Report of the Indian Hemp Drugs Commission, 1894-1895 - Volume V
Year: 1894
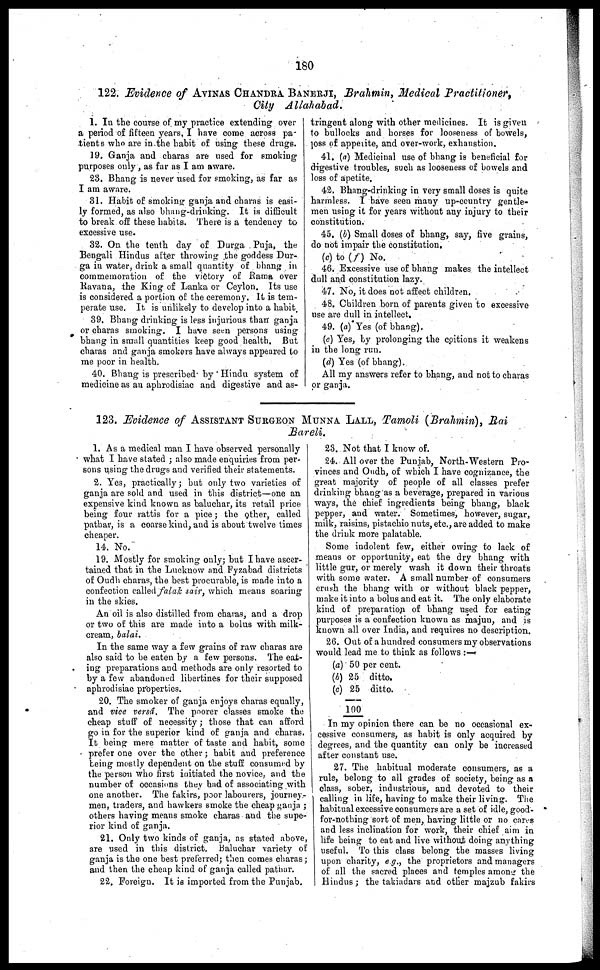
180
122. Evidence of AVINAS CHANDRA BANERJI, Brahmin, Medical Practitioner,
City Allahabad.
1. In the course of my practice extending over
a period of fifteen years, I have come across pa-
tients who are in the habit of using these drugs.
19. Ganja and charas are used for smoking
purposes only, as far as I am aware.
23. Bhang is never used for smoking, as far as
I am aware.
31. Habit of smoking ganja and charas is easi-
ly formed, as also bhang-drinking. It is difficult
to break off these habits. There is a tendency to
excessive use.
32. On the tenth day of Durga Puja, the
Bengali Hindus after throwing the goddess Dur-
ga in water, drink a small quantity of bhang in
commemoration of the victory of Rama over
Ravana, the King of Lanka or Ceylon. Its use
is considered a portion of the ceremony. It is tem-
perate use. It is unlikely to develop into a habit
39. Bhang drinking is less injurious than ganja
or charas smoking. I have seen persons using
bhang in small quantities keep good health, But
charas and ganja smokers have always appeared to
me poor in health.
40. Bhang is prescribed by Hindu system of
medicine as an aphrodisiac and digestive and as-
tringent along with other medicines. It is given
to bullocks and horses for looseness of bowels,
]0ss of apperite, and over-work, exhaustion.
41. (a) Medicinal use of bhang is beneficial for
digestive troubles, such as looseness of bowels and
loss of apetite.
42. Bhang-drinking in very small doses is quite
harmless. I have seen many up-country gentle-
men using it for years without any injury to their
constitution.
45. (b) Small doses of bhang, say, five grains,
do not impair the constitution,
(c) to (f) No.
46. Excessive use of bhang makes the intellect
dull and constitution lazy.
47. No, it does not affect children.
48. Children born of parents given to excessive
use are dull in intellect,
49. (a) Yes (of bhang).
(c) Yes, by prolonging the coitions it weakens
in the long run.
(d) Yes (of bhang).
All my answers refer to bhang, and not to charas
or ganja.
123. Evidence of ASSISTANT SURGEON MUNNA LALL, Tamoli (Brahmin), Rai
Bareli.
1. As a medical man I have observed personally
what I have stated; also made enquiries from per-
sons using the drugs and verified their statements.
2. Yes, practically; but only two varieties of
ganja are sold and used in this district—one an
expensive kind known as baluchar, its retail price
being four rattis for a pice; the other, called
pathar, is a coarse kind, and is about twelve times
cheaper.
14. No.
19. Mostly for smoking only; but I have ascer-
tained that in the Lucknow and Fyzabad districts
of Oudh charas, the best procurable, is made into a
confection called falak sair, which means soaring
in the skies.
An oil is also distilled from charas, and a drop
or two of this are made into a bolus with milk-
cream, balai.
In the same way a few grains of raw charas are
also said to be eaten by a few persons. The eat-
ing preparations and methods are only resorted to
by a few abandoned libertines for their supposed
aphrodisiac properties.
20. The smoker of ganja enjoys charas equally,
and vice versa. The poorer classes smoke the
cheap stuff of necessity; those that can afford
go in for the superior kind of ganja and charas.
It being mere matter of taste and habit, some
prefer one over the other; habit and preference
being mostly dependent on the stuff consumed by
the person who first initiated the novice, and the
number of occasions they had of associating with
one another. The fakirs, poor labourers, journey-
men, traders, and hawkers smoke the cheap ganja;
others having means smoke charas and the supe-
rior kind of ganja,
21. Only two kinds of ganja, as stated above,
are used in this district. Baluchar variety of
ganja is the one best preferred; then comes charas;
and then the cheap kind of ganja called pathar.
22 Foreign. It is imported from the Punjab.
23. Not that I know of.
24. All over the Punjab, North-Western Pro-
vinces and Oudh, of which I have cognizance, the
great majority of people of all classes prefer
drinking bhang as a beverage, prepared in various
ways, the chief ingredients being bhang, black
pepper, and water. Sometimes, however, sugar,
milk, raisins, pistachio nuts, etc., are added to make
the drink more palatable.
Some indolent few, either owing to lack of
means or opportunity, eat the dry bhang with
little gur, or merely wash it down their throats
with some water. A small number of consumers
crush the bhang with or without black pepper,
make it into a bolus and eat it. The only elaborate
kind of preparation of bhang used for eating
purposes is a confection known as majun, and is
known all over India, and requires no description.
26. Out of a hundred consumers my observations
would lead me to think as follows:—
(a)
(b)
(c)
50
25
25
100
per cent.
ditto.
ditto.
In my opinion there can be no occasional ex-
cessive consumers, as habit is only acquired by
degrees, and the quantity can only be increased
after constant use.
27. The habitual moderate consumers, as a
rule, belong to all grades of society, being as a
class, sober, industrious, and devoted to their
calling in life, having to make their living. The
habitual excessive consumers are a set of idle, good-
for-nothing sort of men, having little or no cares
and less inclination for work, their chief aim in
life being to eat and live without doing anything
useful. To this class belong the masses living
upon charity, e.g., the proprietors and managers
of all the sacred places and temples among the
Hindus; the takiadars and other majzub fakirs